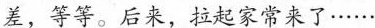
差，等等。后来，拉起家常来了······